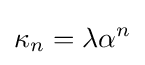
\kappa _{n}=\lambda \alpha ^{n}